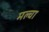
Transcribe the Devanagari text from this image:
मल्‍चा